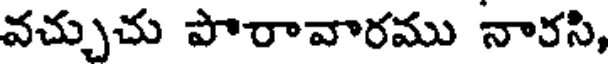
వచ్చుచు పొరావారము నారసి,